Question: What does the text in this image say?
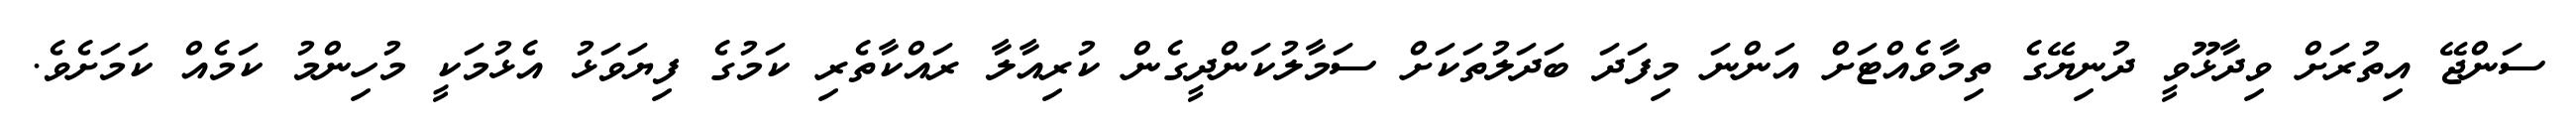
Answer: ސަންޖޭ އިތުރަށް ވިދާޅޫވީ ދުނިޔޭގެ ތިމާވެއްޓަށް އަންނަ މިފަދަ ބަދަލުތަކަށް ސަމާލުކަންދީގެން ކުރިއާލާ ރައްކާތެރި ކަމުގެ ފިޔަވަޅު އެޅުމަކީ މުހިންމު ކަމެއް ކަމަށެވެ.